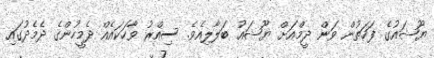
ޔޫޝައުގެ ފަހަތުން ވަން ދީމްއަށް ޔޫޝައު ބަލާލިއެވެ. ސިއްރު ވާހަކައެއް ދެމީހުންގެ ދެމެދުގައި